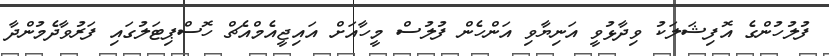
ފުލުހުންގެ އޮފިޝަލަކު ވިދާޅުވީ އަނިޔާވި އަންހެން ފުލުސް މީހާއަށް އައިޖީއެމްއެޗް ހޮސްޕިޓަލުގައި ފަރުވާދެމުންދާ